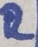
Text: R